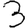
Digit: 3